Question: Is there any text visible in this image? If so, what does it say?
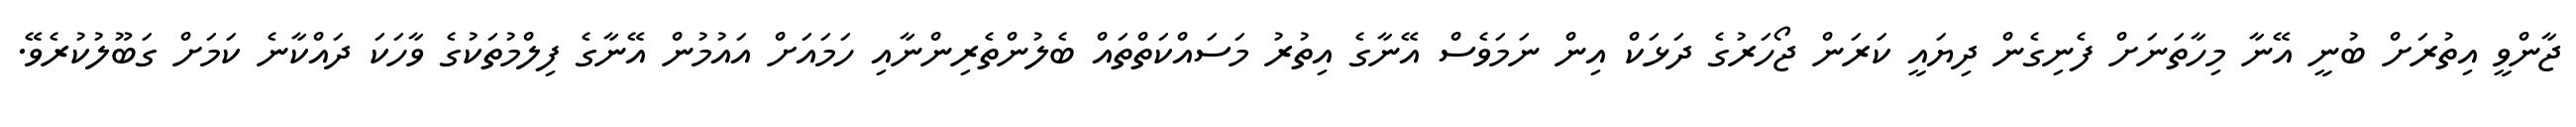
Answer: ޖާންވީ އިތުރަށް ބުނީ އޭނާ މިހާތަނަށް ފެނިގެން ދިޔައީ ކަރަން ޖޯހަރުގެ ދަޅަކް އިން ނަމަވެސް އޭނާގެ އިތުރު މަސައްކަތްތައް ބެލުންތެރިންނާއި ހަމައަށް އައުމުން އޭނާގެ ފިލްމުތަކުގެ ވާހަކަ ދައްކާނެ ކަމަށް ގަބޫލުކުރެވޭ.